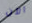
الآن